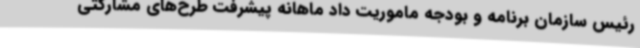
رئیس سازمان برنامه و بودجه ماموریت داد ماهانه پیشرفت طرح‌های مشارکتی